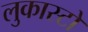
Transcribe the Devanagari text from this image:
लुकास्टो